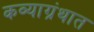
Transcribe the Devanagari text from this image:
कव्याग्रंथात